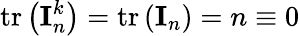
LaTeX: \operatorname{tr}\left(\mathbf{I}_{n}^{k}\right)=\operatorname{tr}\left(\mathbf{I}_{n}\right)=n\equiv 0